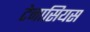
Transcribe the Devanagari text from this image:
टेनासियस